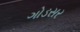
ગોડસર